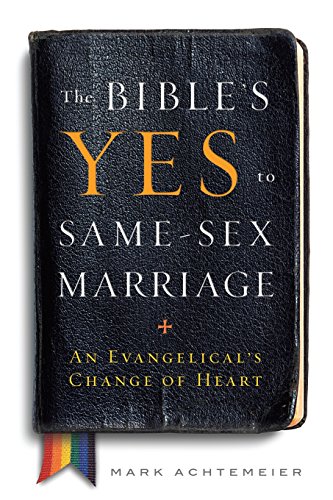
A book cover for The Bible's Yes to Same-Sex Marriage: An Evangelical's Change of Heart; Mark Achtemeier; Christian Books & Bibles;